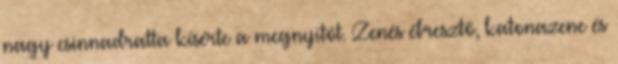
nagy csinnadratta kísérte a megnyitót. Zenés ébresztő, katonazene és